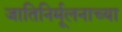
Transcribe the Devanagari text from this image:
जातिनिर्मूलनाच्या